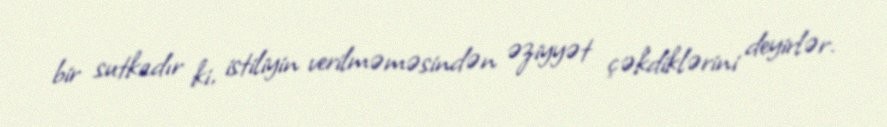
bir sutkadır ki, istiliyin verilməməsindən əziyyət çəkdiklərini deyirlər.